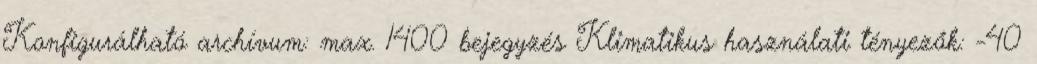
Konfigurálható archívum: max. 1400 bejegyzés Klimatikus használati tényezők: -40